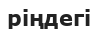
ріңдегі